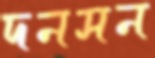
দনসন